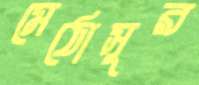
মেঠোসুর